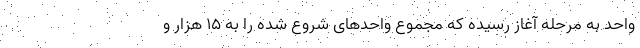
واحد به مرحله آغاز رسیده که مجموع واحدهای شروع شده را به ۱۵ هزار و